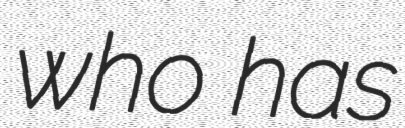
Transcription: who has